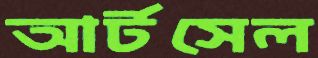
আর্টসেল